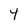
Character: 4